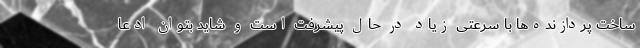
ساخت پردازنده‌ها با سرعتی زیاد در حال پیشرفت است و شاید بتوان ادعا